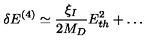
\delta E ^ { ( 4 ) } \simeq \frac { \xi _ { I } } { 2 M _ { D } } E _ { t h } ^ { 2 } + \dots